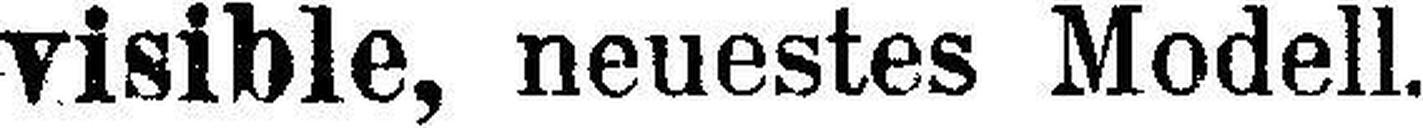
visible, neuestes Modell.